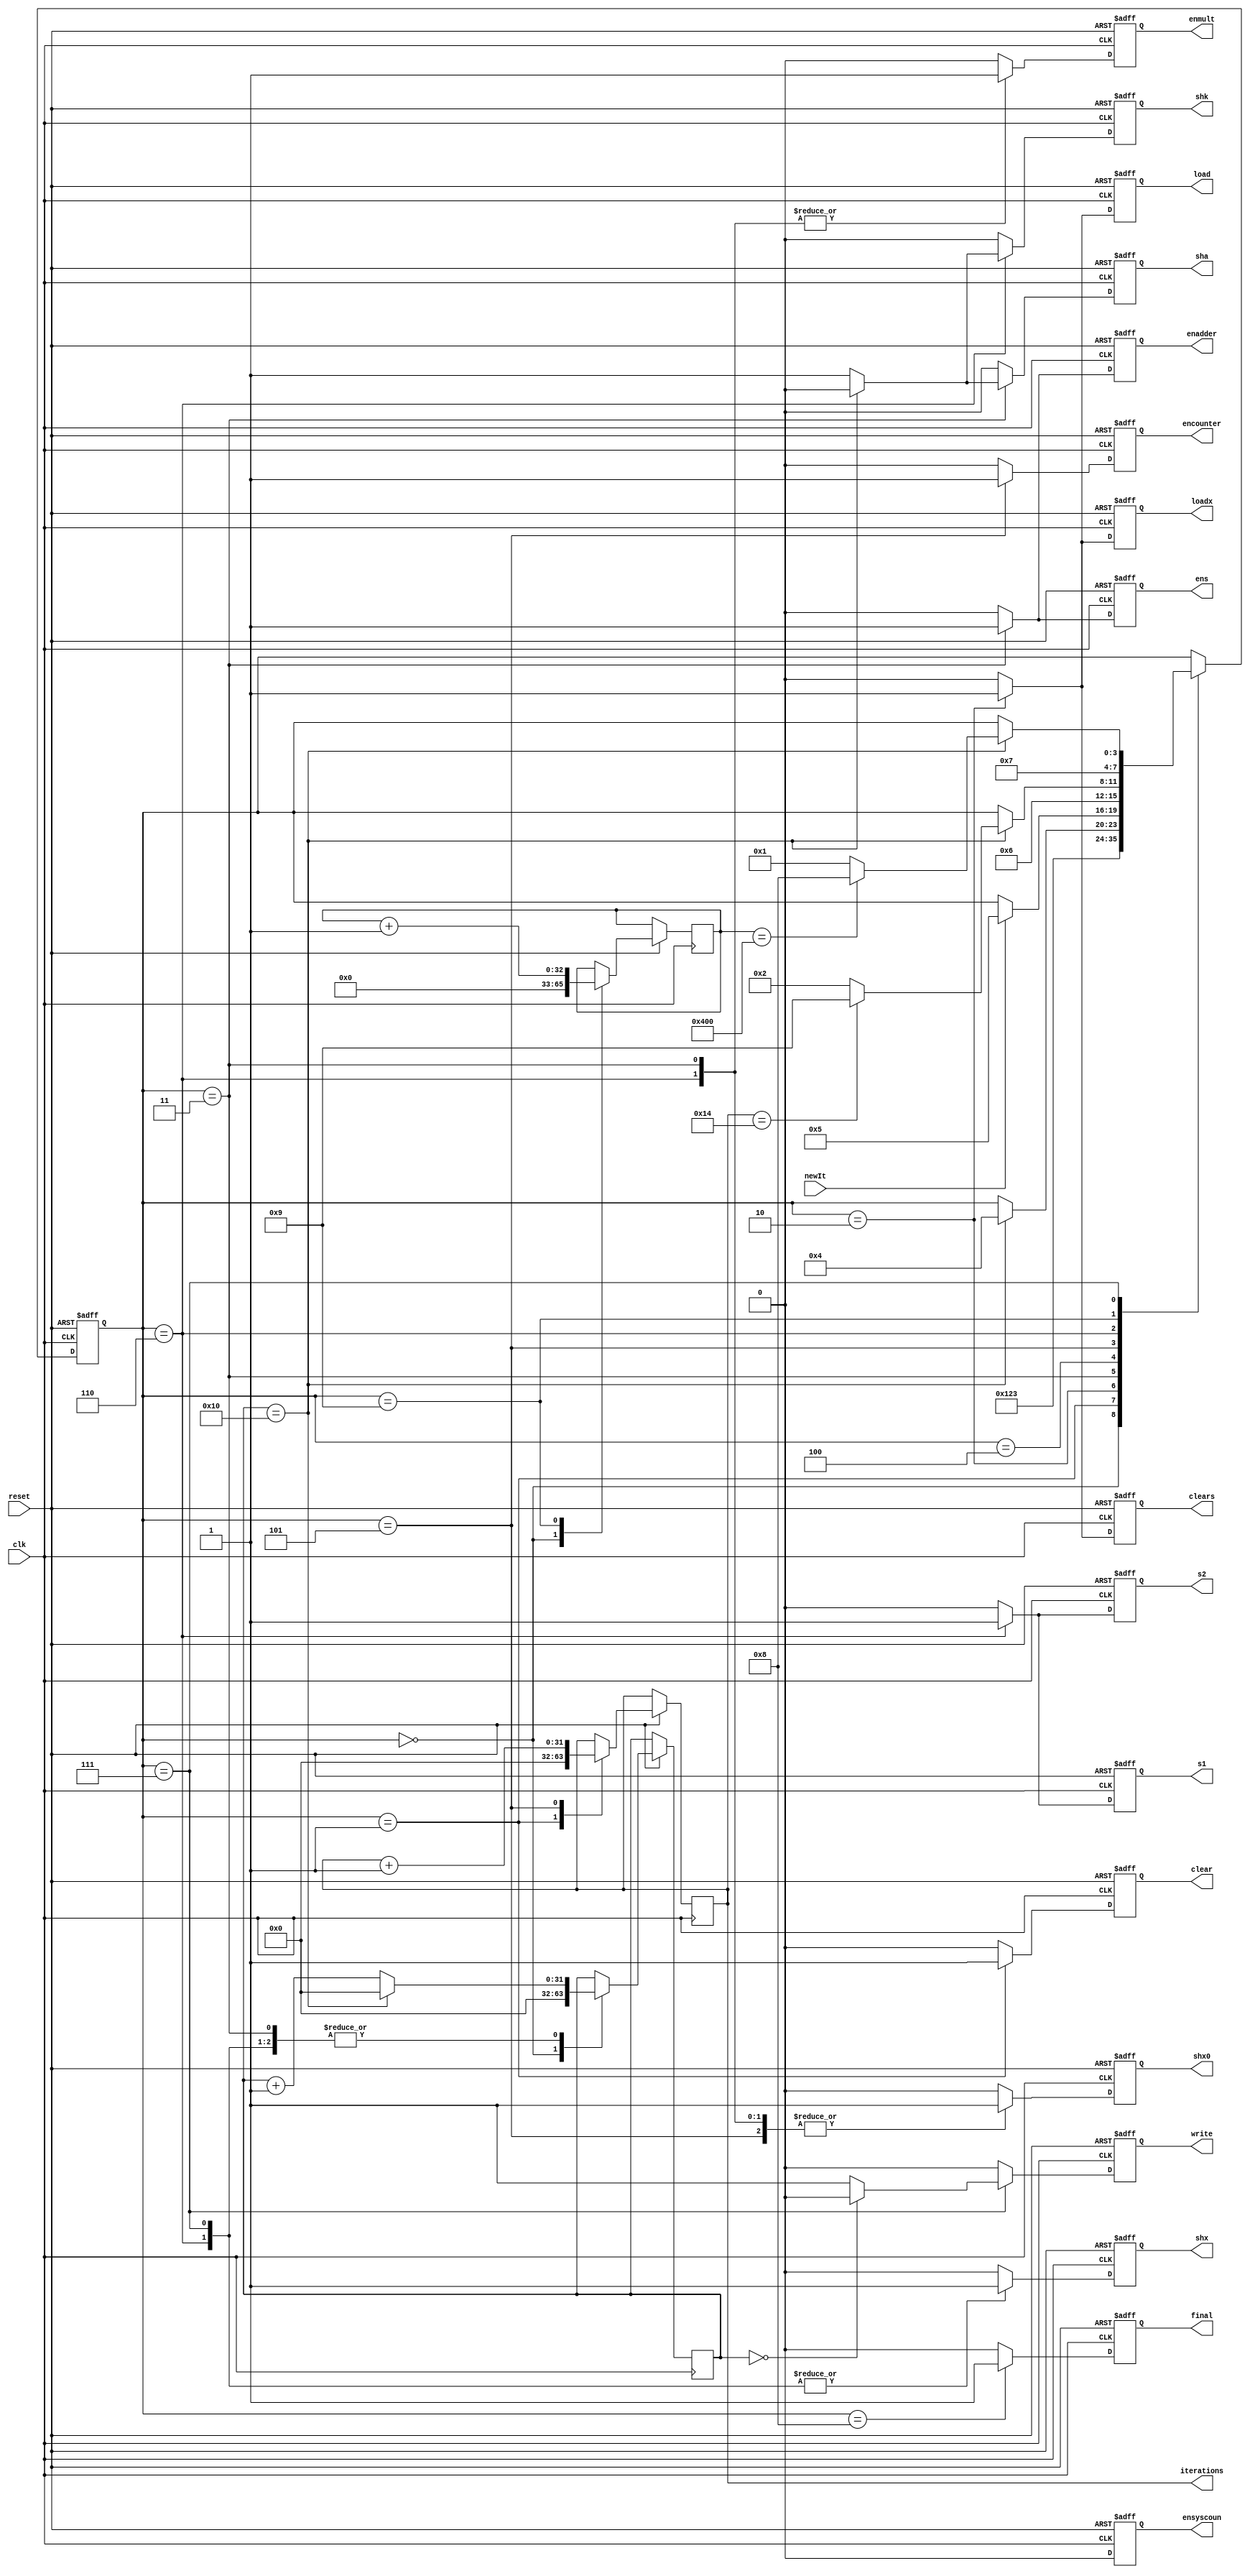
`timescale 1ns / 1ps
//////////////////////////////////////////////////////////////////////////////////
// Company: 
// Engineer: 
// 
// Design Name: 
// Module Name:    Control 
// Project Name: 
// Target Devices: 
// Tool versions: 
// Description: 
//
// Dependencies: 
//
// Revision: 
// Revision 0.01 - File Created
// Additional Comments: 
//
//////////////////////////////////////////////////////////////////////////////////
module Control #(parameter N=16, parameter M=20, parameter B=1024)(
	input clk, reset, newIt,
	output reg load, loadx ,sha, shx0,s1,s2,final,enmult,enadder,clears,ens,shx,shk,clear,encounter,write,ensyscoun,
	output reg [31:0]iterations);
	 
	 parameter Reset=4'd0;
	 parameter NewSystem=4'd1;
	 parameter NewIt=4'd2;
	 parameter Calcs=4'd3;
	 parameter WaitForMeasurement=4'd4;
	 parameter Calcr=4'd5;
	 parameter Calcx=4'd6;
	 parameter Savex=4'd7;
	 parameter End=4'd8;
	 parameter CountSys=4'd9;
	 
	 reg [3:0]state;
	 reg [31:0]counter;
	 reg [32:0] numBlocks;
	 
	 
	 always @ (posedge clk or negedge reset) begin
			load<=0;
			loadx<=0;
			sha<=0;
			shx0<=0;
			clear<=0;
			final<=0;
			s1<=0;
			s2<=0;
			enmult<=0;
			enadder<=0;
			ens<=0;
			shx<=0;
			shk<=0;
			encounter<=0;
			write<=0;
			clears<=0;
			ensyscoun<=0;
			
			
			if (reset==0) begin
				state<=Reset;
			end else begin
				case(state)
				   Reset: begin
						state <= NewSystem;
						numBlocks<=0;
						counter<={32{1'b0}};
					end
					NewSystem: begin
						clear<=1;
						state<=NewIt;
						iterations<={32{1'b0}};
					end
					NewIt: begin
						load <= 1;
						loadx<=1;
						clears<=1;
						state<=Calcs;
						
					end
					Calcs: begin
						sha<=1;
						shx0<=1;
						s1<=0;
						s2<=0;
						enmult<=1;
						enadder<=1;
						ens<=1;
						counter<=counter+1;
						if(counter==N) begin
							state<=WaitForMeasurement;
							sha<=0;
							counter<={32{1'd0}};
						end
					end
					WaitForMeasurement:begin
						if(newIt==1) begin
							state<=Calcr;
						end
					end
					Calcr: begin
						state<=Calcx;
						shx0<=1;
						encounter<=1;
						iterations<=iterations+1;
					end
					Calcx: begin
						s1<=1;
						s2<=1;
						shx<=1;
						shk<=1;
						shx0<=1;
						enmult<=1;
						counter<=counter+1;
						if(counter==N) begin
							shk<=0;
							if(iterations==M) begin
								state<=CountSys;
								counter<={32{1'd0}};
							end else begin
								state<=NewIt;
								counter<={32{1'd0}};
							end
						end
					end
				CountSys: begin
					numBlocks<=numBlocks+1;
					state<=Savex;
				end
				Savex: begin
					write<=1;
					counter<=counter+1;
					shx<=1;
					if(counter==32'd0) begin
						write<=0;
					end
					if (counter==N) begin
						counter<=0;
						if (numBlocks==B) begin 
							state<=End;
						end else begin
							state<=NewSystem;
						end
					end
				end
				End: begin
					state<=state;
					final<=1;
				end
			endcase
				
				
			end
		end

endmodule